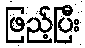
ဖြည့်ပြီး